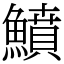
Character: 鱝